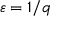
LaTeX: \; \varepsilon = 1 / q